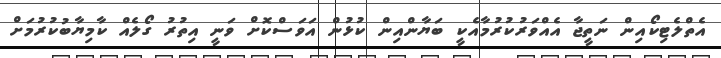
އެތްލެޓިކޯއިން ނަތީޖާ އެއްވަރުކުރުމާއެކީ ބަޔާންއިން ކުޅުން އަވަސްކޮށް ވަނީ އިތުރު ގޯލެއް ކާމިޔާބުކުރުމަށް